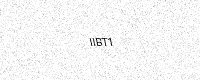
Text: IIBT1